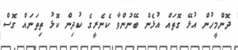
ދޮންމީހުން އުޅޭ ގޮތައް އުޅެން ބޭނުންވާ ކެނެރީގެ ކުދިން ކޮޅު ތިތަނައް ގޮސް